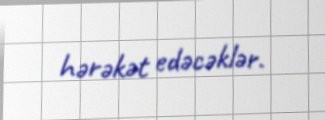
hərəkət edəcəklər.